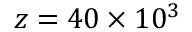
z = 4 0 \times 1 0 ^ { 3 }